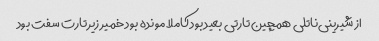
از شیرینی‌ناتلی همچین تارتی بعید بود کاملا مونده بود خمیر زیر تارت سفت بود